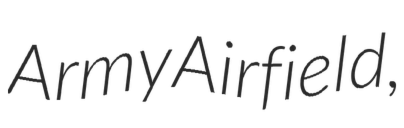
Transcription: Army Airfield,